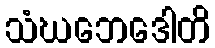
သံဃဘေဒေါတိ